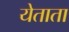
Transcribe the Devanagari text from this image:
येताता